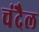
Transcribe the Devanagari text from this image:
चंदैल